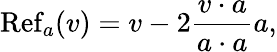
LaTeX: \operatorname{Ref}_{a}(v)=v-2{\frac{v\cdot a}{a\cdot a}}a,